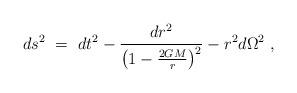
LaTeX: \begin{align*}ds^2~=~dt^2 - \frac{dr^2}{\left(1 - \frac{2GM}{r}\right)^2} -r^2d\Omega^2 ~,\end{align*}